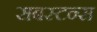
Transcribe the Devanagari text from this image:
सबस्टन्स